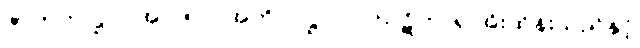
ဇာတက-ဋ္ဌ-ပ-အုပ်-၅၂။ အဘိ-၁-ဋ္ဌ-၇၁။ ဃဋိကာရ အိုးထိန်းသည်နှင့်